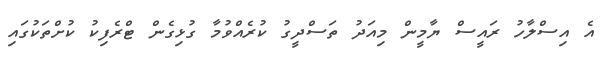
އެ އިސްލާހު ރައީސް ޔާމީން މިއަދު ތަސްދީގު ކުރެއްވުމާ ގުޅިގެން ޓްރެފިކު ކުށްތަކުގައި